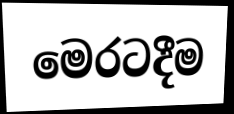
මෙරටදීම